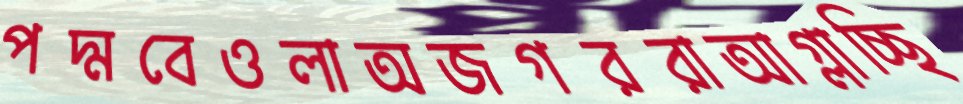
পদ্মবেওলাঅজগররাআগ্‌লাচ্ছি